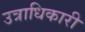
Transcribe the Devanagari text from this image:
उत्राधिकारी